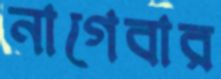
নাগেবার